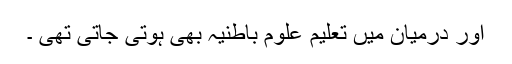
اور درمیان میں تعلیم علوم باطنیہ بھی ہوتی جاتی تھی ۔